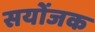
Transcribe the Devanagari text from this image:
सयोंजक